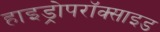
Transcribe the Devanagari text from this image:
हाइड्रोपरॉक्साइड